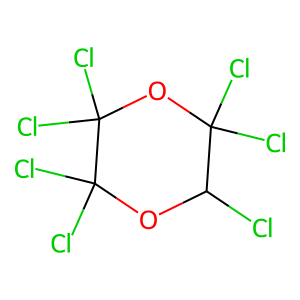
SMILES: ClC1OC(Cl)(Cl)C(Cl)(Cl)OC1(Cl)Cl
Inhibits HIV replication: No